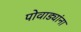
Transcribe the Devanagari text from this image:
पोवाड्यांना